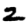
Digit: 2